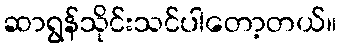
ဆာရွန်သိုင်းသင်ပါတော့တယ်။